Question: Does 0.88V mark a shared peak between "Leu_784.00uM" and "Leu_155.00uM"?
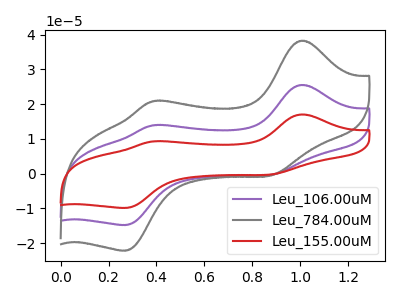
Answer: <think>The purple curve "Leu_106.00uM" has anodic peaks at (1.00V, 25.50uA) (0.40V, 13.90uA) and cathodic peaks at (0.90V, -0.35uA) (0.25V, -14.75uA). The gray curve "Leu_784.00uM" has anodic peaks at (1.00V, 38.25uA) (0.40V, 20.85uA) and cathodic peaks at (0.90V, -0.55uA) (0.25V, -22.15uA). The red curve "Leu_155.00uM" has anodic peaks at (1.00V, 51.00uA) (0.40V, 27.80uA) and cathodic peaks at (0.90V, -0.70uA) (0.25V, -29.55uA).</think>
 <answer>Yes, "Leu_784.00uM" and "Leu_155.00uM" share a peak at 0.88V.</answer>
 <eval>match</eval>